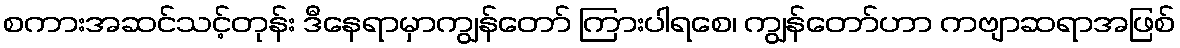
စကားအဆင်သင့်တုန်း ဒီနေရာမှာကျွန်တော် ကြားပါရစေ၊ ကျွန်တော်ဟာ ကဗျာဆရာအဖြစ်